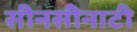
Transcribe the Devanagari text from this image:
सीनसीनाटी